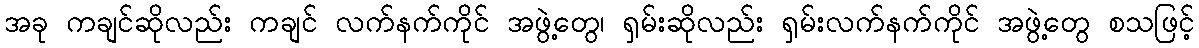
အခု ကချင်ဆိုလည်း ကချင် လက်နက်ကိုင် အဖွဲ့တွေ၊ ရှမ်းဆိုလည်း ရှမ်းလက်နက်ကိုင် အဖွဲ့တွေ စသဖြင့်